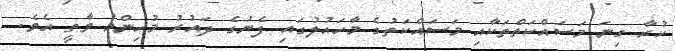
ކުރާ ގިނަ މަސައްކަތްތަކާއި މަސައްކަތުގެ މާހައުލުގައި ފެނުގެ ދައުރު މުހިންމު ވާތީ އެވެ.